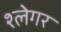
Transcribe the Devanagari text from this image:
श्लेगर